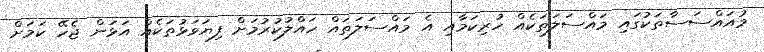
މުއައްސަސާތަކުގައި މައްސަލަތަކެއް ހުރިކަމާއި އެ މައްސަލަތައް ހައްލުކުރުމަށް ފިޔަވަޅުތަކެއް އަޅަން ޖެހޭ ކަމަށް